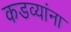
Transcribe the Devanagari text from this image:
कडव्यांना